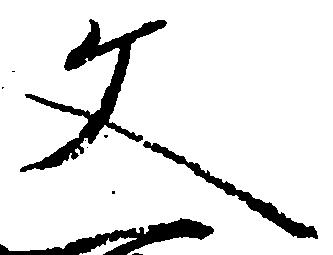
文